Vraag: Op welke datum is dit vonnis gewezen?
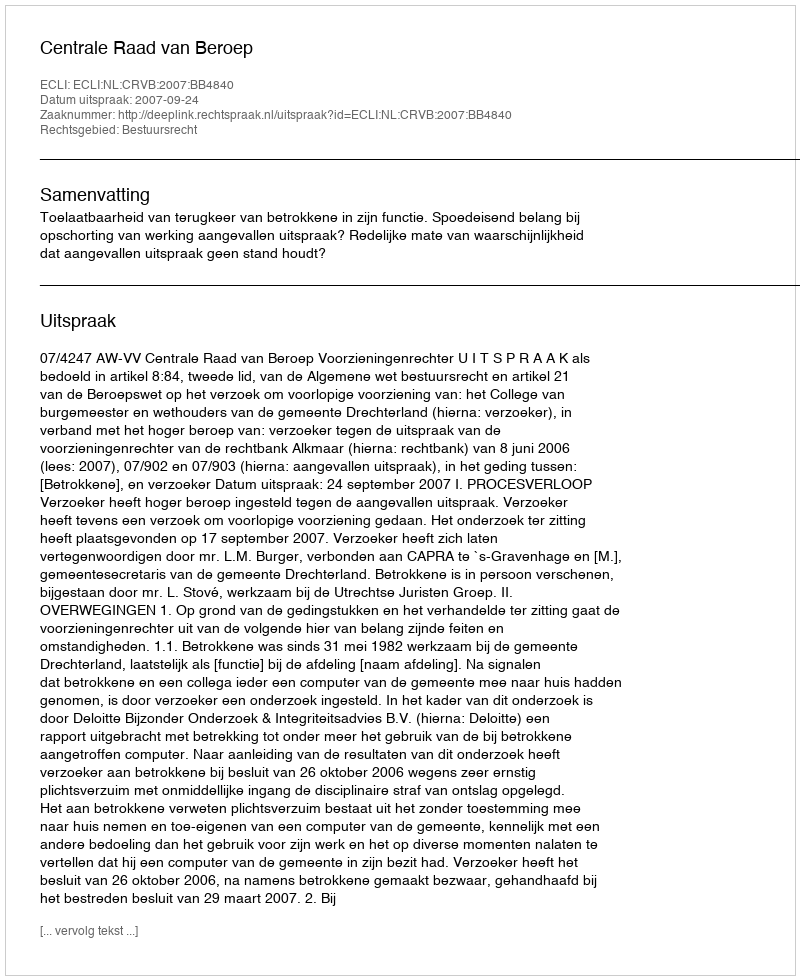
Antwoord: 2007-09-24